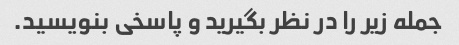
جمله زیر را در نظر بگیرید و پاسخی بنویسید.